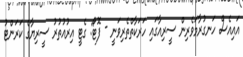
އައިއެސް ހަނގުރާމަވެރިން ސީރިއާގައި ހަރަކާތްތެރިވަނީ - ފޮޓޯ: ގެޓީ އިރުއުތުރު ސީރިޔާގެ ކަރަންޓު